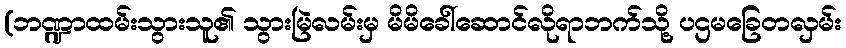
(ဘဏ္ဍာထမ်းသွားသူ၏ သွားမြဲလမ်းမှ မိမိခေါ်ဆောင်လိုရာဘက်သို့ ပဌမခြေတလှမ်း